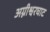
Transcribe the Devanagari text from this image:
अग्नीश्वरघाट